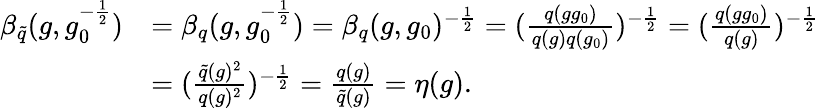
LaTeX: \begin{array}{rl}{\beta_{\widetilde{q}}(g,g_{0}^{-\frac{1}{2}})}&{=\beta_{q}(g,g_{0}^{-\frac{1}{2}})=\beta_{q}(g,g_{0})^{-\frac{1}{2}}=(\frac{q(gg_{0})}{q(g)q(g_{0})})^{-\frac{1}{2}}=(\frac{q(gg_{0})}{q(g)})^{-\frac{1}{2}}}\\ &{=(\frac{\widetilde{q}(g)^{2}}{q(g)^{2}})^{-\frac{1}{2}}=\frac{q(g)}{\widetilde{q}(g)}=\eta(g).}\end{array}